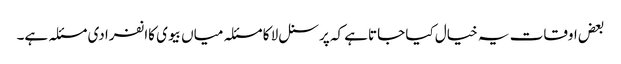
بعض اوقات یہ خیال کیا جاتاہے کہ پرسنل لا کا مسئلہ میاں بیوی کاانفرادی مسئلہ ہے۔